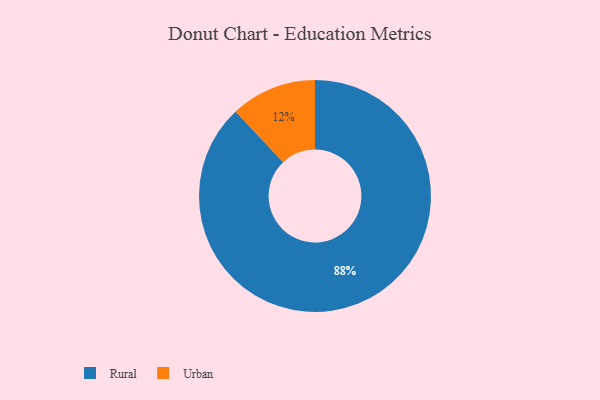
{"axis": {"x": "Category", "y": "Percentage"}, "legend": ["Rural", "Urban"], "data": [{"x": "Urban", "y": 12, "type": "Urban"}, {"x": "Rural", "y": 88, "type": "Rural"}]}